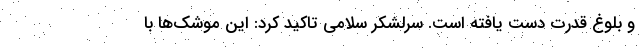
و بلوغ قدرت دست یافته است. سرلشکر سلامی تاکید کرد: این موشک‌ها با